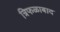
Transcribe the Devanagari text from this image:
त्रिफळाबाद